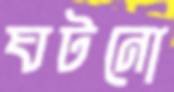
ঘটনো